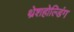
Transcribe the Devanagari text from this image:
थ्रेशहोल्डिंग